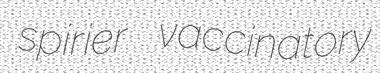
spirier vaccinatory